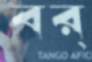
বর্